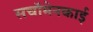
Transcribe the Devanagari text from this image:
सचॉमेनकाई